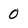
Character: 0